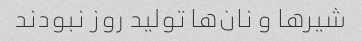
شیر‌ها و نان‌ها تولید روز نبودند